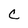
Character: C